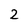
Character: 2